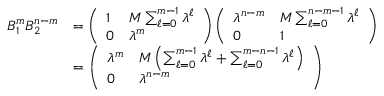
\begin{array} { r l } { B _ { 1 } ^ { m } B _ { 2 } ^ { n - m } } & { = \left( \begin{array} { l l } { 1 } & { M \sum _ { \ell = 0 } ^ { m - 1 } \lambda ^ { \ell } } \\ { 0 } & { \lambda ^ { m } } \end{array} \right) \left( \begin{array} { l l } { \lambda ^ { n - m } } & { M \sum _ { \ell = 0 } ^ { n - m - 1 } \lambda ^ { \ell } } \\ { 0 } & { 1 } \end{array} \right) } \\ & { = \left( \begin{array} { l l } { \lambda ^ { m } } & { M \left( \sum _ { \ell = 0 } ^ { m - 1 } \lambda ^ { \ell } + \sum _ { \ell = 0 } ^ { m - n - 1 } \lambda ^ { \ell } \right) } \\ { 0 } & { \lambda ^ { n - m } } \end{array} \right) } \end{array}